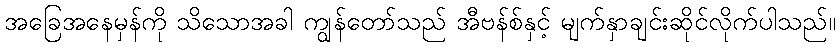
အခြေအနေမှန်ကို သိသောအခါ ကျွန်တော်သည် အီဗန်စ်နှင့် မျက်နှာချင်းဆိုင်လိုက်ပါသည်။